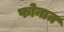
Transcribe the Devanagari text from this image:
फोनान